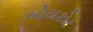
બોયકોટ